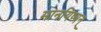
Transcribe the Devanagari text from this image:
मानयिष्यन्